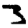
Digit: 3